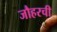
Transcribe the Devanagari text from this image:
जौहरची